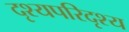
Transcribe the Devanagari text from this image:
दृश्यपरिदृश्य